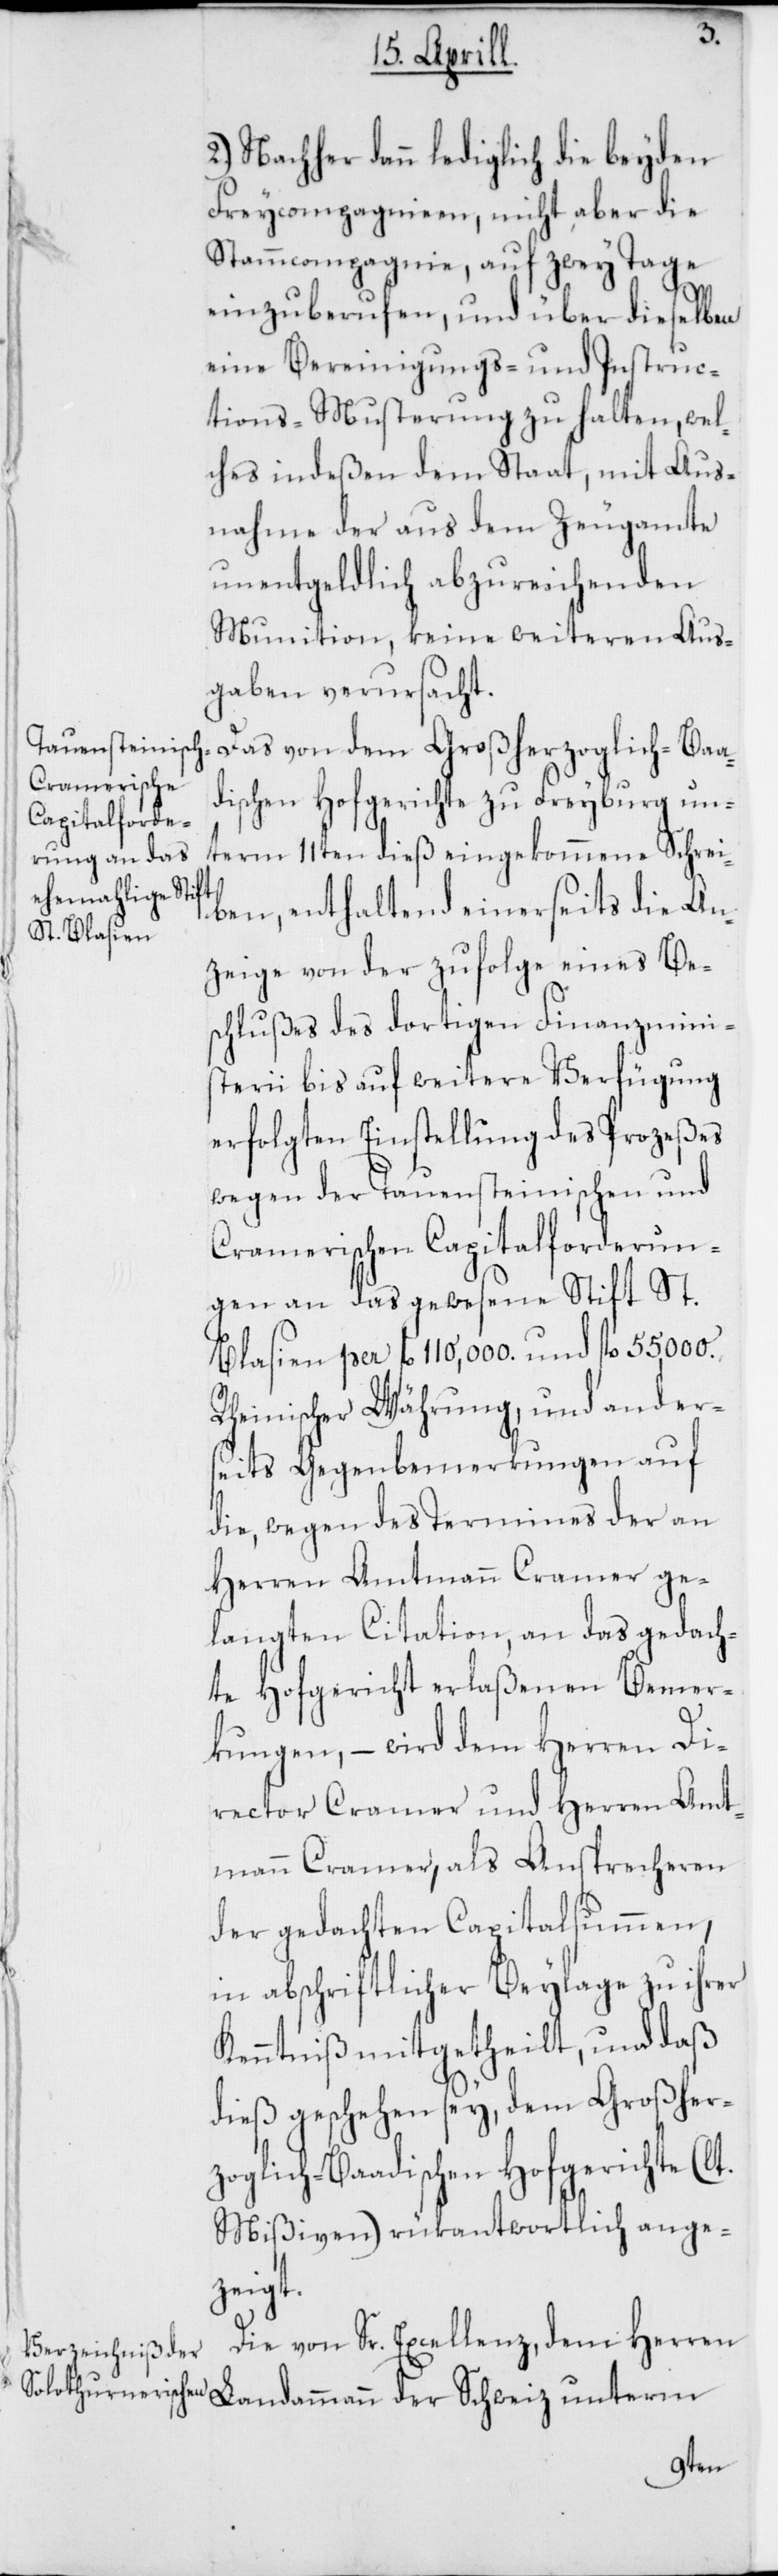
2.) Nachher dann lediglich die beyden
Freycompagnien, nicht aber die
Stammcompagnie, auf zwey Tage
einzuberufen, und über dieselben
eine Bereinigungs- und Instruc¬
tions-Musterung zu halten, wel¬
ches indeßen dem Staat, mit Aus¬
nahme der aus dem Zeugamte
unentgeldlich abzureichenden
Munition, keine weiteren Aus¬
gaben verursacht.
Das von dem Großherzoglich-Baa¬
dischen Hofgerichte zu Freyburg un¬
term 11ten dieß eingekommene Schrei¬
ben, enthaltend einerseits die An¬
zeige von der zufolge eines Be¬
schlußes des dortigen Finanzmini¬
sterii bis auf weitere Verfügung
erfolgten Einstellung des Prozeßes
wegen der Tauensteinischen und
Cramerischen Capitalforderun¬
gen an das gewesene Stift St.
Blasien per fl. 110,000. und fl. 55,000.
Rheinischer Währung, und ander¬
seits Gegenbemerkungen auf
die, wegen des Termines der an
Herren Amtmann Cramer ge¬
langten Citation, an das gedach¬
te Hofgericht erlaßenen Bemer¬
kungen, – wird dem Herren Di¬
rector Cramer und Herren Amt¬
mann Cramer, als Ansprecheren
der gedachten Capitalsummen,
in abschriftlicher Beylage zu ihrer
Kenntniß mitgetheilt, und daß
dieß geschehen sey, dem Großher¬
zoglich-Baadischen Hofgerichte (lt.
Mißiven) rükantwortlich ange¬
zeigt.
Die von Sr. Excellenz, dem Herren